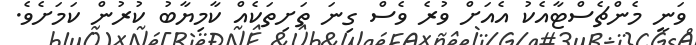
ވަނީ މެންޗެސްޓާއެކު އެއަށް ވުރެ ވެސް ގިނަ ތަށިތަކެއް ކާމިޔާބު ކުރުން ކަމަށެވެ.